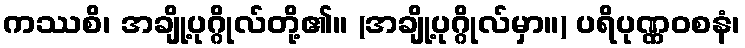
ကဿစိ၊ အချို့ပုဂ္ဂိုလ်တို့၏။ (အချို့ပုဂ္ဂိုလ်မှာ။) ပရိပုဏ္ဏဝစနံ၊